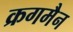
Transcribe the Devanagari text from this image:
क्रगमैन